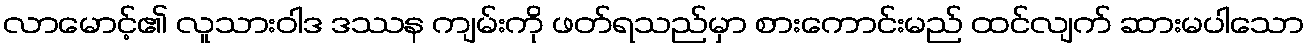
လာမောင့်၏ လူသားဝါဒ ဒဿန ကျမ်းကို ဖတ်ရသည်မှာ စားကောင်းမည် ထင်လျက် ဆားမပါသော